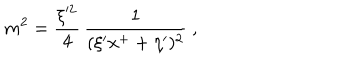
m ^ { 2 } = { \frac { \xi ^ { \prime 2 } } { 4 } } \, { \frac { 1 } { ( \xi ^ { \prime } x ^ { + } + \eta ^ { \prime } ) ^ { 2 } } } \ ,